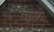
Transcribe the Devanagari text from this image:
काण्वों